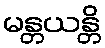
မန္တယန္တိ